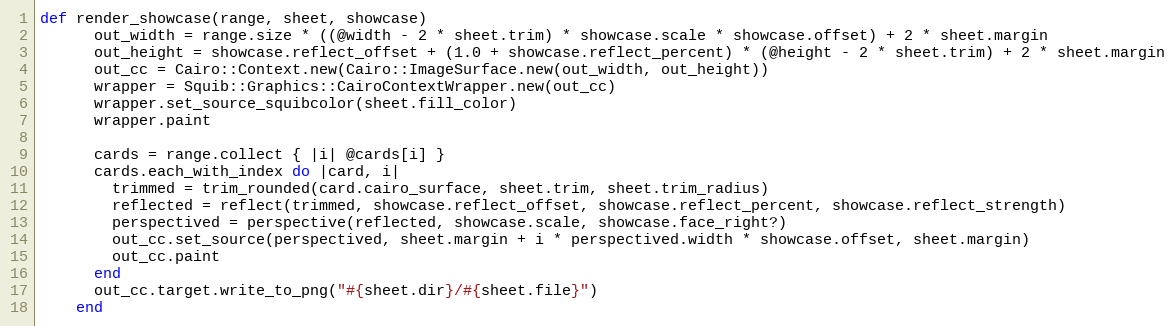
Language: Ruby
def render_showcase(range, sheet, showcase)
      out_width = range.size * ((@width - 2 * sheet.trim) * showcase.scale * showcase.offset) + 2 * sheet.margin
      out_height = showcase.reflect_offset + (1.0 + showcase.reflect_percent) * (@height - 2 * sheet.trim) + 2 * sheet.margin
      out_cc = Cairo::Context.new(Cairo::ImageSurface.new(out_width, out_height))
      wrapper = Squib::Graphics::CairoContextWrapper.new(out_cc)
      wrapper.set_source_squibcolor(sheet.fill_color)
      wrapper.paint

      cards = range.collect { |i| @cards[i] }
      cards.each_with_index do |card, i|
        trimmed = trim_rounded(card.cairo_surface, sheet.trim, sheet.trim_radius)
        reflected = reflect(trimmed, showcase.reflect_offset, showcase.reflect_percent, showcase.reflect_strength)
        perspectived = perspective(reflected, showcase.scale, showcase.face_right?)
        out_cc.set_source(perspectived, sheet.margin + i * perspectived.width * showcase.offset, sheet.margin)
        out_cc.paint
      end
      out_cc.target.write_to_png("#{sheet.dir}/#{sheet.file}")
    end